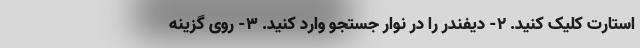
استارت کلیک کنید. ۲- دیفندر را در نوار جستجو وارد کنید. ۳- روی گزینه